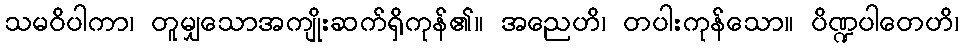
သမဝိပါကာ၊ တူမျှသောအကျိုးဆက်ရှိကုန်၏။ အညေဟိ၊ တပါးကုန်သော။ ပိဏ္ဍပါတေဟိ၊